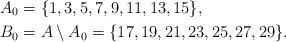
LaTeX: \begin{align*}A_0&=\{1, 3, 5, 7, 9, 11, 13, 15\}, \\B_0&=A\setminus A_0=\{17, 19, 21, 23, 25, 27, 29\}.\end{align*}